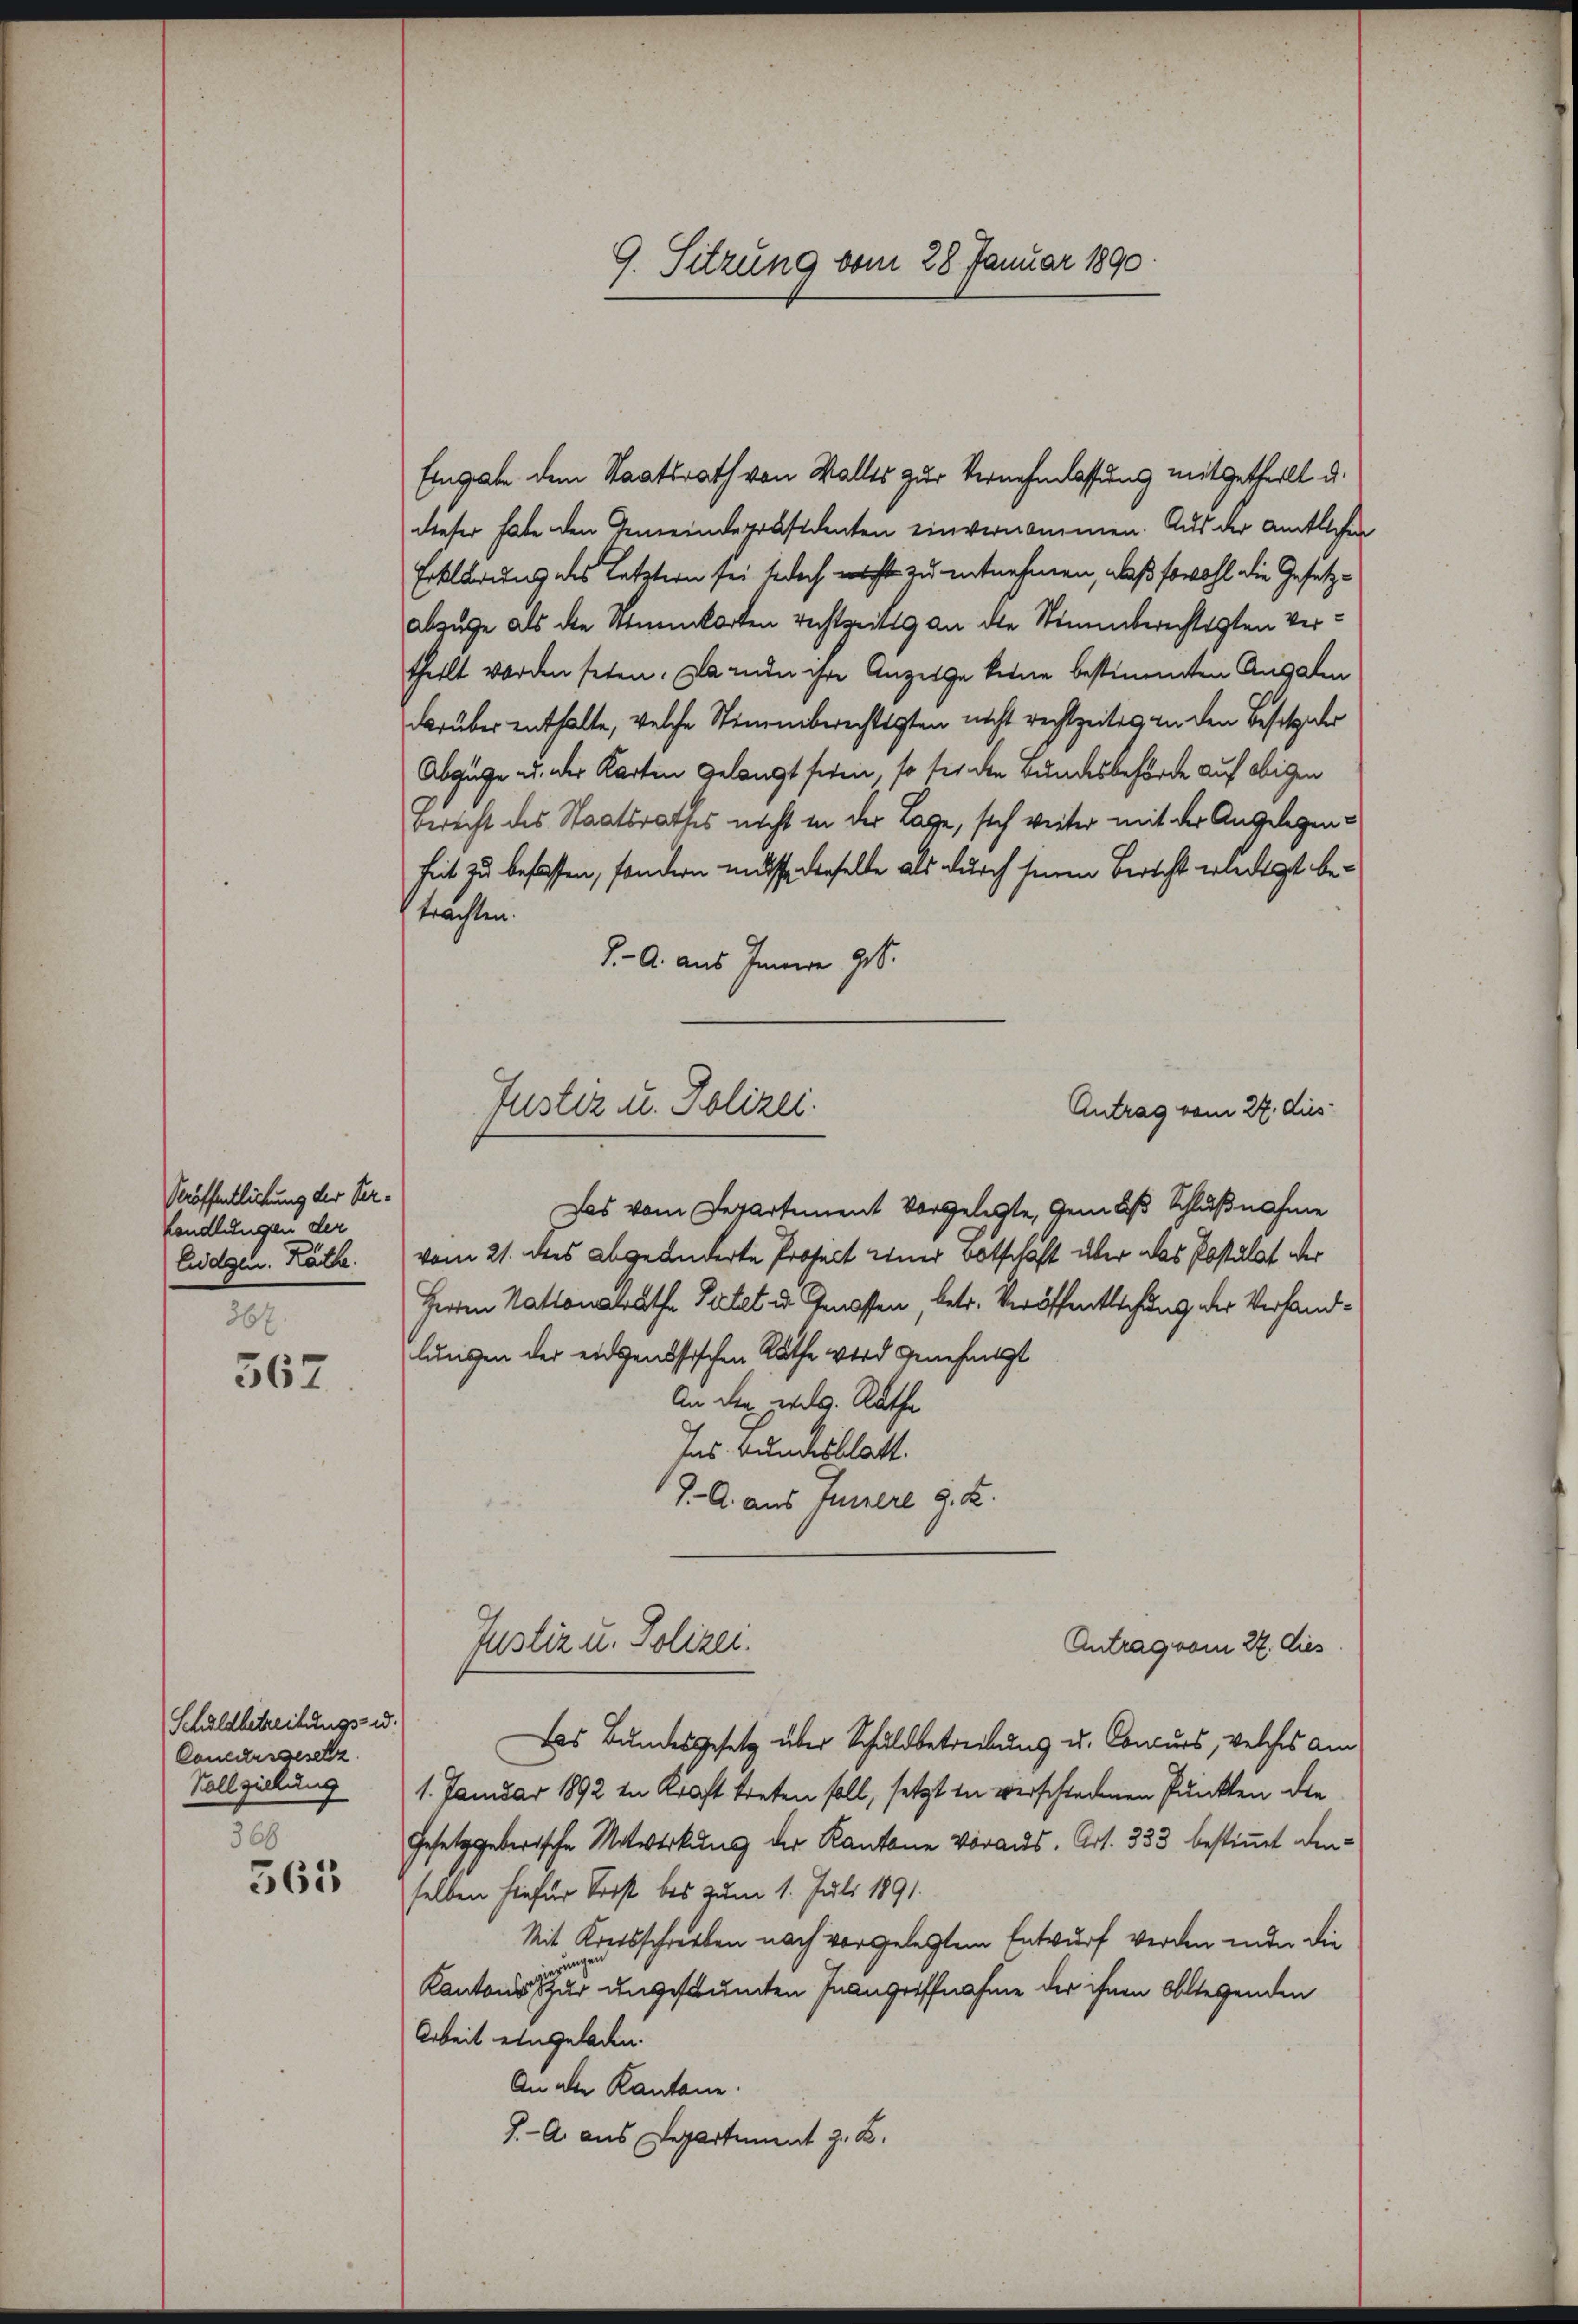
Veröffentlichung der Verhandlungen der
Eidgen. Kathe.
367.

567

Schuldbetreitungs- u.
Conculissesetz
Vollzielung
368
363

9. Sitzung vom 28. Januar 1890.

Eingabe dem Staatsrath von Walles zur Vernehmlassung mitgetheilt d.
dieser habe den Gemeindepräsidenten einvernommen. Aus der amtlichen
Erklärung des Letztern sei jedoch nicht zu entnehmen, daß sowohl die Gesetzabzuge als die Stimmkorten rechtzeitig an die Stimmberechtigten Vertheilt worden seien. Da inde ihre Anzeige keine bestimmten Angaben
darüber enthalte, welche Stimmberechtigten nicht rechtzeitig an den Besetz der
Abgüge u. der Karten gelangt seien, so sei den Bundesbehörde auf obigen
Berecht des Staatsrathes nicht in der Lage, sich weiter mit der Angelegenheit zu befassen, sondern müsse denselbe als durch seinen Bericht erledigt betrachten.
J. A. aus Innere geb.
Das vom Departement vorgelegte, gemäß Schlußnahme
vom 21. dies abgeänderte Prosect einer Botschaft über das Postulat der
Herren Nationalrathe Partet u. Genossen, betr. Veröffentlichung der Verhandlungen der eidgenössischen Rathe wird genehmigt
An der weg. Rathe
Ins Bundesblatt.
J. A. aus Innere d. R.
Justiz u. Polizei.
Antrag vom 27. Dies
das Bundesgesetz über Schuldbetreibung u. Concurs, welches am
1. Januar 1892 in Kraft treten soll, setzt in verschiedenen Punkten die
Gesetzgeberische Mitwirkung der Kantone voraus. Art. 333 bestimmt denselben hiefür Sonst bis zum 1. Juli 1891.
Mit Kreisschreiben nach vorgelegtem Entwurf werden und die
Kantons sehr ungeschämten Inangriffnahme der ihnen Obliegenden
Arbeit eingeladen.
An alle Kantone.
J. A. aus Departement z. B.

Justiz u. Polizei.
Antrag vom 27. dies